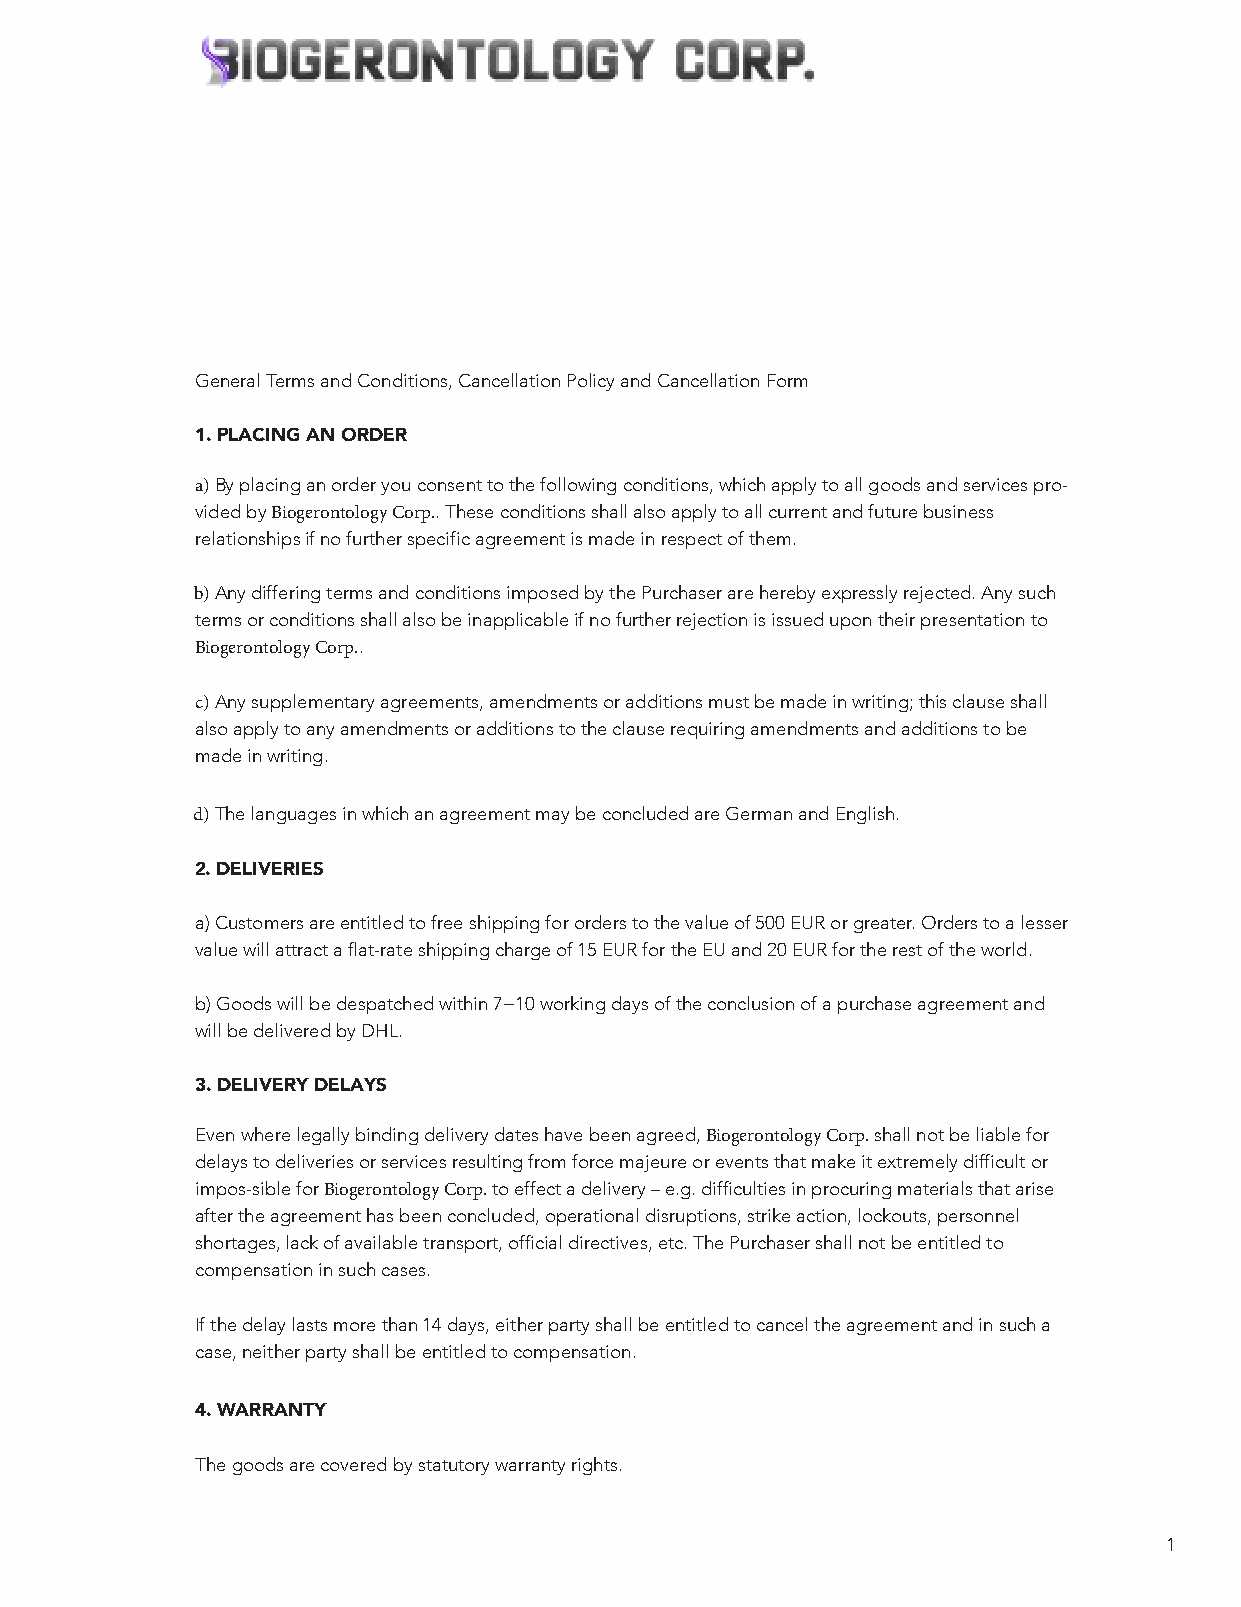
General Terms and Conditions, Cancellation Policy and Cancellation Form
 1.PLACING AN ORDER
 a)By placing an order you consent to the following conditions, which apply to all goods and services pro-
 vided by Biogerontology Corp.. These conditions shall also apply to all current and future business
 relationships if no further specific agreement is made in respect of them.
 b)Any differing terms and conditions imposed by the Purchaser are hereby expressly rejected. Any such
 terms or conditions shall also be inapplicable if no further rejection is issued upon their presentation to
 Biogerontology Corp..
 c)Any supplementary agreements, amendments or additions must be made in writing; this clause shall
 also apply to any amendments or additions to the clause requiring amendments and additions to be
 made in writing.
 d)The languages in which an agreement may be concluded are German and English.
 2.DELIVERIES
 a)Customers are entitled to free shipping for orders to the value of 500 EUR or greater. Orders to a lesser
 value will attract a flat-rate shipping charge of 15 EUR for the EU and 20 EUR for the rest of the world.
 b)Goods will be despatched within 7−10 working days of the conclusion of a purchase agreement and
 will be delivered by DHL.
 3.DELIVERY DELAYS
 Even where legally binding delivery dates have been agreed, Biogerontology Corp. shall not be liable for
 delays to deliveries or services resulting from force majeure or events that make it extremely difficult or
 impos-sible for Biogerontology Corp. to effect a delivery – e.g. difficulties in procuring materials that arise
 after the agreement has been concluded, operational disruptions, strike action, lockouts, personnel
 shortages, lack of available transport, official directives, etc. The Purchaser shall not be entitled to
 compensation in such cases.
 If the delay lasts more than 14 days, either party shall be entitled to cancel the agreement and in such a
 case, neither party shall be entitled to compensation.
 4.WARRANTY
 The goods are covered by statutory warranty rights.
 1